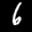
Label: 6